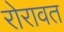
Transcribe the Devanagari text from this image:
रोरावत